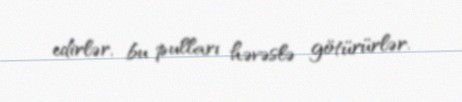
edirlər, bu pulları həvəslə götürürlər.